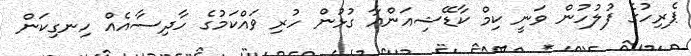
ޕެރިހުގެ ފުލުހުން ވަނީ ކިމް ކާޑޭޝިއަންއާ ގުޅުން ހުރި ވައްކަމުގެ ހާދިސާއެއް ހިނގިކަން